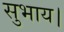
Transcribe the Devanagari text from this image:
सुभाय।